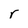
Character: r